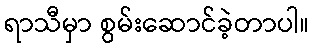
ရာသီမှာ စွမ်းဆောင်ခဲ့တာပါ။